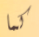
كما